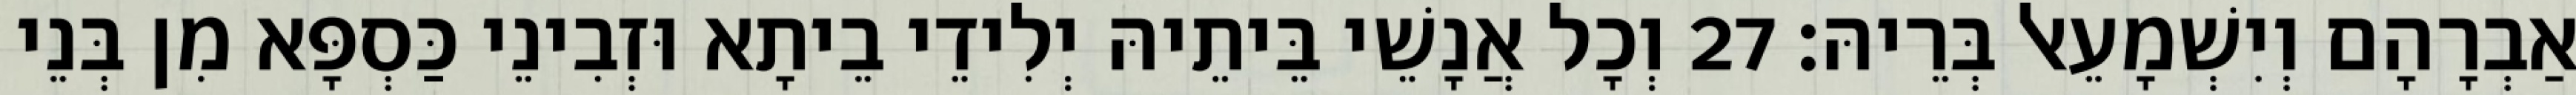
אַבְרָהָם וְיִשְׁמָעֵאל בְּרֵיהּ׃ 27 וְכָל אֲנָשֵׁי בֵּיתֵיהּ יְלִידֵי בֵיתָא וּזְבִינֵי כַּסְפָּא מִן בְּנֵי